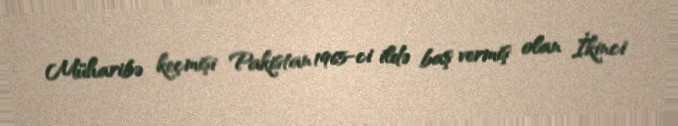
Müharibə keçmişi Pakistan 1965-ci ildə baş vermiş olan İkinci